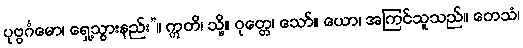
ပုဗ္ဗင်္ဂမော၊ ရှေ့သွားနည်း”။ ဣတိ၊ သို့။ ဝုတ္တေ၊ သော်။ ယော၊ အကြင်သူသည်။ တေသံ၊